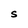
Character: S